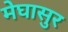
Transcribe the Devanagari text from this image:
मेघासुर